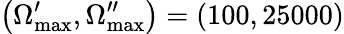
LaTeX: \left(\Omega_{\mathrm{max}}^{\prime},\Omega_{\mathrm{max}}^{\prime\prime}\right)=\left(100,25000\right)